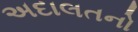
અદાલતનો